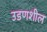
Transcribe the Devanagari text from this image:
उडणशील